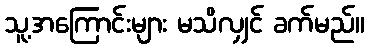
သူ့အကြောင်းများ မသိလျှင် ခက်မည်။